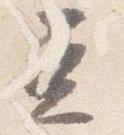
進